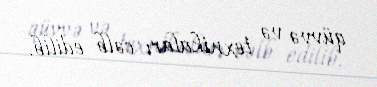
qüvvə və texnikaları cəlb edilib.